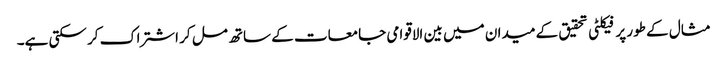
مثال کے طور پر فیکلٹی تحقیق کے میدان میں بین الاقوامی جامعات کے ساتھ مل کر اشتراک کر سکتی ہے۔